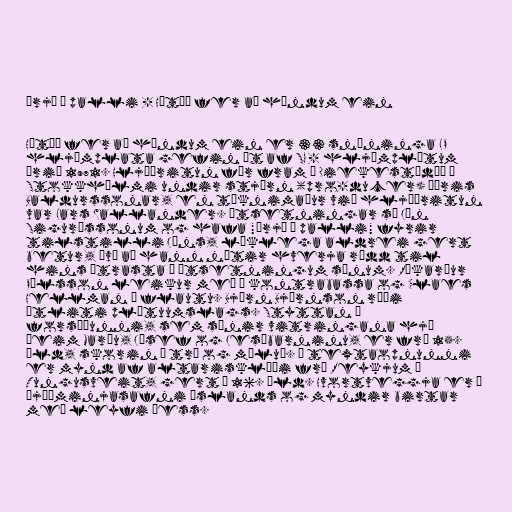
Þrjú á palli - Hátíð fer að höndum ein

Hátíð fer að höndum ein er 33 snúninga LP
hljómplata gefin út af SG - hljómplötum
árið 1971. Hljóðritun fór fram í Diekestúdíó í
Stokkhólmi undir stjórn (pro-ducer) Þóris
Baldurssonar, en tœknimaður við hljóðritun
var Lars Wallander. Útsetningar sá Jón
Sigurðssonum og hafa "Þrjú á palli" fyrir
tilstilli Jóns, líklega aldrei gert
betur, því að hann nýtir hverja rödd til
hins ýtrasta í útsetningum sínum. Ríkarður
Pálsson leikur með á kontrabassa og Claes
Hellman á flautu. Björn Björnson réði
útliti plötuumslags. Styttan á
forsíðunni, sem sýnir vitringana hjá
þeim Maríu, Jósef og Jesúbarninu, er frá 15.
öld, skorin í tré og máluð. Í textaopnunni
er mynd af altarisklæði frá Reykjum í
Tungusveit, gert á 16. öld. Hvortveggja er í
Þjóðminjasafni Íslands og myndir birtar
með leyfi þess.